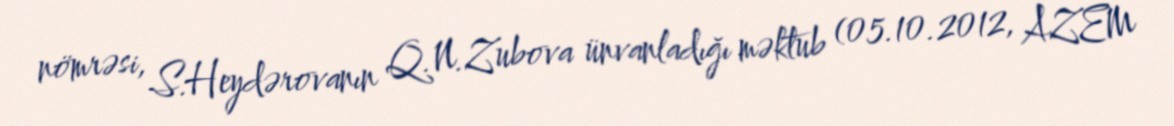
nömrəsi, S.Heydərovanın Q.N.Zubova ünvanladığı məktub (05.10.2012, AZEM